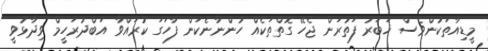
މީޑިއާތަކުންވެސް ޚަބަރު ފަތުރަން ޖެހޭ ގޮތްތަކެއް ހުންނާނެކަން ފާހަގަ ކުރައްވާ އަބްދުރަހީމް ވިދާޅުވީ